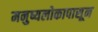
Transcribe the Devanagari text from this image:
मनुष्यलोकापासून